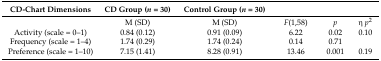
| CD-Chart Dimensions | CD Group (n = 30) | Control Group (n = 30) |  |  |  |
 | --- | --- | --- | --- | --- | --- |
 |  | M (SD) | M (SD) | F(1,58) | p | η p2 |
 | Activity (scale = 0–1) | 0.84 (0.12) | 0.91 (0.09) | 6.22 | 0.02 | 0.10 |
 | Frequency (scale = 1–4) | 1.74 (0.29) | 1.74 (0.24) | 0.14 | 0.71 |  |
 | Preference (scale = 1–10) | 7.15 (1.41) | 8.28 (0.91) | 13.46 | 0.001 | 0.19 |